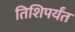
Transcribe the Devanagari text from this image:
तिशिपर्यंत